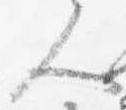
人